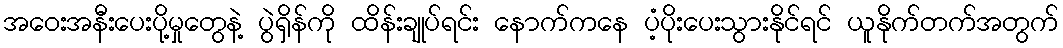
အဝေးအနီးပေးပို့မှုတွေနဲ့ ပွဲရှိန်ကို ထိန်းချုပ်ရင်း နောက်ကနေ ပံ့ပိုးပေးသွားနိုင်ရင် ယူနိုက်တက်အတွက်